Medical and sanitary report of the native army of Bengal for the year
Year: 1874
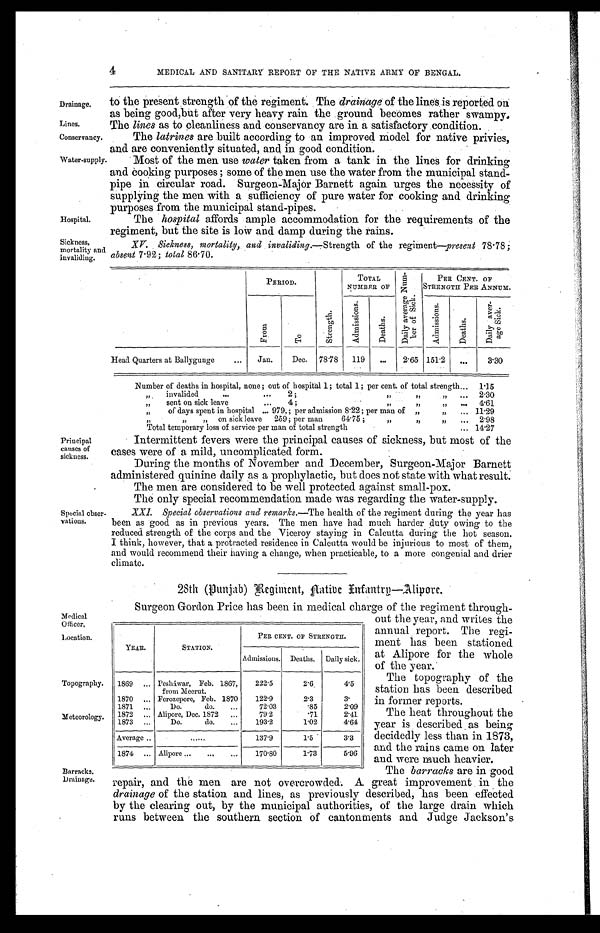
Drainage.
Lines.
Medical
Officer.
Location.
The topography of the
station has been described
in former reports.
The heat throughout the
year is described as being
decidedly less than in 1873,
and the rains came on later
and were nauch heavier.
4
MEDICAL AND SANITARY REPORT OF THE NATIVE ARMY OF BENGAL.
to the present strength of the regiment. The drainage of the lines is reported on
as being good,but after very heavy rain the ground becomes, rather swampy.
The lines as to cleanliness and conservancy are in a satisfactory condition.
Conservancy.
Water-supply.
Hospital.
Sickness,
mortality and
The latrines are built according to an improved model for native privies,
and are conveniently situated, and in good condition.
Most of the men use water taken from a tank in the lines for drinking
and cooking purposes; some of the men use the water from the municipal stand
-
pipe in circular road. Surgeon-Major Barnett again urges the necessity of
supplying the men with a. sufficiency of pure water for cooking and drinking
purposes from the municipal stand-pipes.
The hospital affords ample accommodation for the requirements of the
regiment, but the site is low and damp during the rains.
XV. Sickness, mortality, and invaliding .—Strength of the regiment—present 78.78;
absent 7.92; total 86.70.
PERIOD.
S t r e n g t h .
TOTAL
NUMBER OF
D a i l y a v e r a g e N u m - b e r o f S i c k .
PER CENT. OF
STRENGTH PER ANNUM.
F r o m
T o
A d m i s s i o n s .
D e a t h s .
A d m i s s i o n s .
D e a t h s .
D a i l y a v e r - a g e S i c k .
Head Quarters at Ballygunge . . .
Jan.
Dec.
78.78
119
. . .
2.65 151.2
. . .
3.30
Number of deaths in hospital, none; out of hospital 1; total 1; per cent. of total strength . . . 1.15
" invalided . . . 2; " " " . . . 2.30
" sent on sick leave . . . 4; " " " . . . 4.61
" of days spent in hospital . . . 979, ; per admission 8.22; per man of " " . . . 11.29
" " " on sick leave 259; per man 64.75 ; " " " . . . 2.98
Total temporary loss of service per man of total strength . . . 14.27
Principal
causes of
sickness.
Special obser
-
vations.
Topography.
Meteorology.
Barracks.
Drainage.
Intermittent fevers were the principal causes of sickness, but most of the
cases were of a mild, uncomplicated form.
During the months of November and December, Surgeon-Major Barnett
administered quinine daily as a prophylactic, but does not state with what result.
The men are considered to be well protected against small-pox.
The only special recommendation made was regarding the water-supply.
XXI. Special observations and remarks .—The health of the regiment during the year has
been as good as in previous years. The men have had much harder duty owing to the
reduced strength of the corps and the Viceroy staying in Calcutta during the hot season.
I think, however, that a protracted residence in Calcutta would be injurious during most of them,
and would recommend their having a change, when practicable, to a more congenial and drier
climate.
28th (Punjab) Regiment, Aatibe Infantry—Alipore.
YEAR.
STATION.
PER CENT. OF STRENGTH.
Admissions. Deaths. Daily sick.
1869 . . . Pesháwar, Feb. 1867,
from Meerut.
222.5
2.6
4.5
1870 . . . Ferozepore, Feb. 1870 . . .
122.9
2.3
3.
1871 . . .
Do. do. . . .
72.03
.85
2.09
1872 . . . Alipore, Dec. 1872 . . .
79.2
.71
2.41
1873 . . .
Do. do. . . .
193.2
1.02
4.64
Average . . .
. . .
137.9
1.5 3.3
1874 . . . Alipore . . .
170.80
1.73
5.96
Surgeon Gordon Price has been in medical charge of the regiment through
-
out the year, and writes the
annual report. The regi
-ment has been stationed
at Alipore for the whole
of the year.
The barracks are in good
repair, and the men are not overcrowded. A great improvement in the
drainage of the station and lines, as previously described, has been effected
by the clearing out, by the municipal authorities, of the large drain which
runs between the southern. section of cantonments and Judge Jackson's